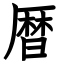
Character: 暦